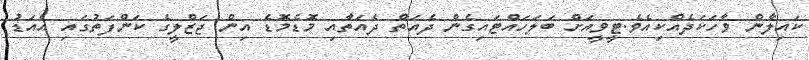
ކައިލާން ވާހަކަދެއްކިއެވެ.ޓީވީއަށް ބަލަހައްޓައިގެން ދެއަތް ދެއަތާއި މޮޑެމޮޑެ އިން ޖަޒްލީގެ ކަންފަތުގައި އެއަޑު